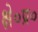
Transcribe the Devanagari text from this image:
क्षे०प्र०